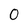
Character: 0